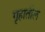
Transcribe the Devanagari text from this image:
गृहातील